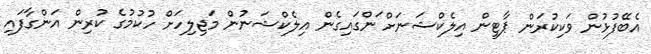
އެބޭފުޅުން ވަކިކުރަން ޕާޓީން އިލެކްޝަނަށް ަންގައިގެން އިލެކްޝަނުން މަޖިލިހަށް ހުކުމުގެ ކުރިން އަންގާފައި